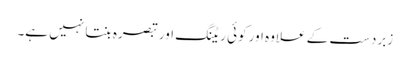
زبردست کے علاوہ اور کوئی ریٹنگ اور تبصرہ بنتا نہیں ہے۔